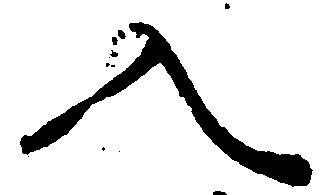
入